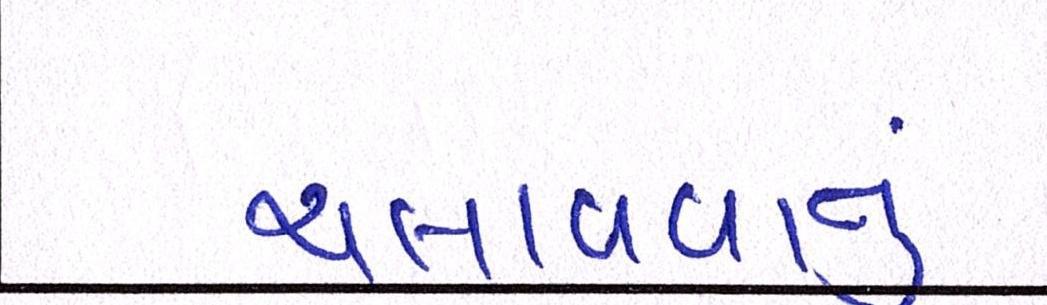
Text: ચલાવવાનુ